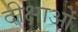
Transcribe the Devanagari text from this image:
दीक्षाओं